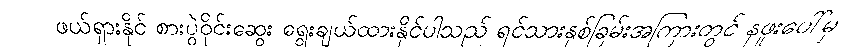
ဖယ်ရှားနိုင် စားပွဲဝိုင်းဆွေး ရွေးချယ်ထားနိုင်ပါသည် ရင်သားနှစ်ခြမ်းအကြားတွင် နဖူးပေါ်မှ